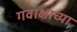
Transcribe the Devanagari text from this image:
गवाक्षाच्या